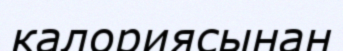
калориясынан